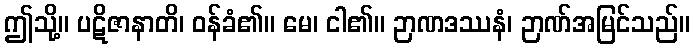
ဤသို့။ ပဋိဇာနာတိ၊ ဝန်ခံ၏။ မေ၊ ငါ၏။ ဉာဏဒဿနံ၊ ဉာဏ်အမြင်သည်။